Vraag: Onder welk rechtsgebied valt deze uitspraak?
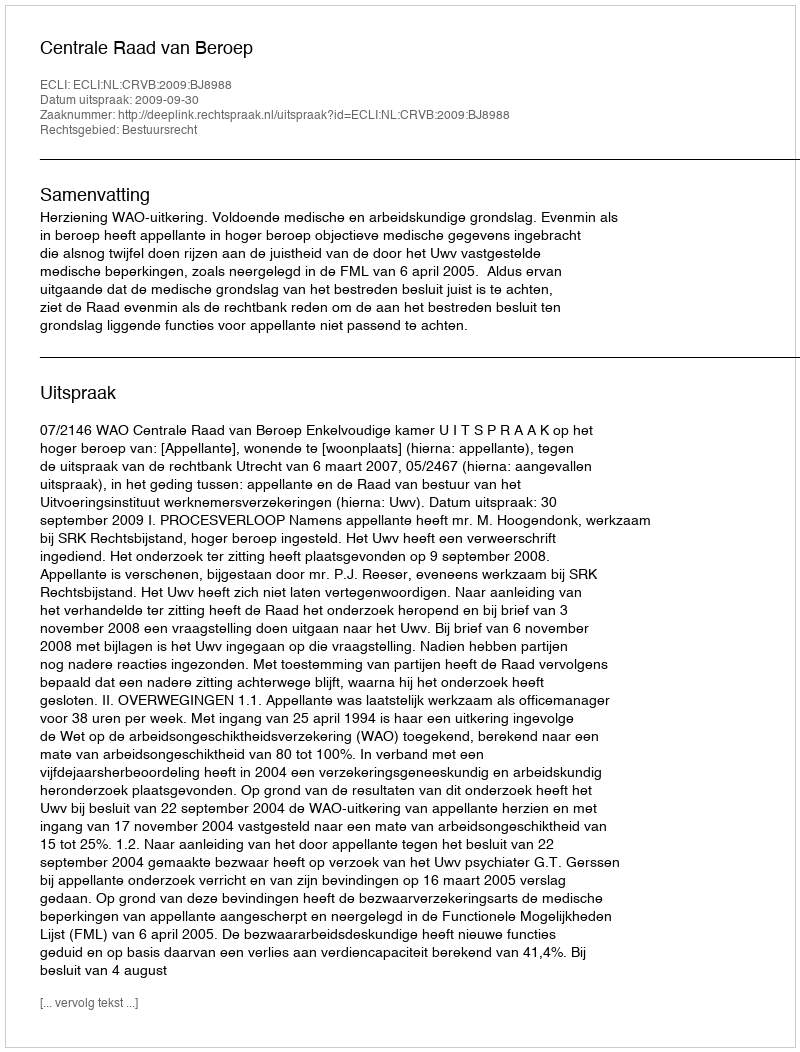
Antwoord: Bestuursrecht